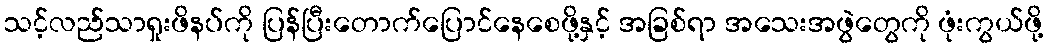
သင့်လည်သာရှုးဖိနပ်ကို ပြန်ပြီးတောက်ပြောင်နေစေဖို့နှင့် အခြစ်ရာ အသေးအဖွဲတွေကို ဖုံးကွယ်ဖို့